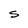
Character: S